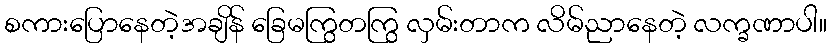
စကားပြောနေတဲ့အချိန် ခြေမကြွတကြွ လှမ်းတာက လိမ်ညာနေတဲ့ လက္ခဏာပါ။